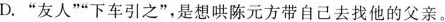
D.”友人””下车引之”，是想哄陈元方带自己去找他的父亲。